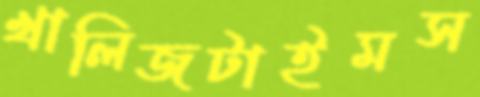
খালিজটাইমস